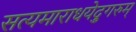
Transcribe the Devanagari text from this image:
सत्यमाराधयेद्गुरुम्